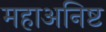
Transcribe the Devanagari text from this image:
महाअनिष्ट